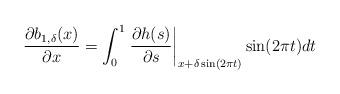
LaTeX: \begin{align*}\dfrac{\partial b_{1,\delta}(x)}{\partial x} = \int_{0}^{1} \left.\dfrac{\partial h(s)}{\partial s}\right|_{x+\delta\sin(2\pi t)}\sin(2\pi t) dt\end{align*}